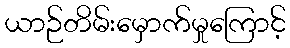
ယာဉ်တိမ်းမှောက်မှုကြောင့်